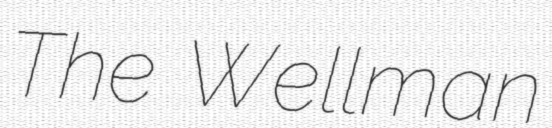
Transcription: The Wellman